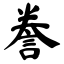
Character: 誊